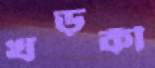
খড়কী